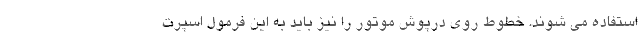
استفاده می شوند. خطوط روی درپوش موتور را نیز باید به این فرمول اسپرت